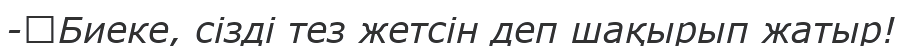
-	Биеке, сізді тез жетсін деп шақырып жатыр!